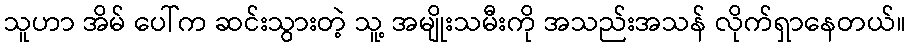
သူဟာ အိမ် ပေါ်က ဆင်းသွားတဲ့ သူ့ အမျိုးသမီးကို အသည်းအသန် လိုက်ရှာနေတယ်။